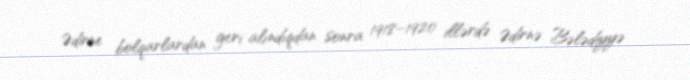
Ədirne bolqarlardan geri alındıqdan sonra 1918–1920 illərdə Ədirnə Bələdiyyə